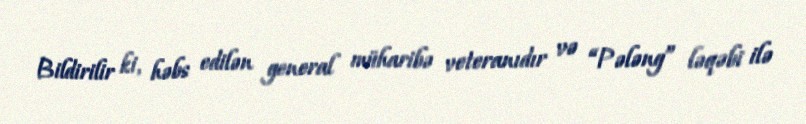
Bildirilir ki, həbs edilən general müharibə veteranıdır və “Pələng” ləqəbi ilə